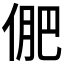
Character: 俷